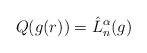
LaTeX: \begin{align*}Q(g(r))=\hat{L}_n^{\alpha}(g)\end{align*}